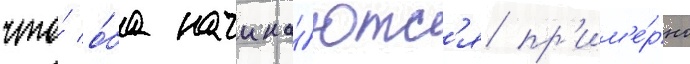
что́ о́ба начина́ютс'я пр'им'е́рно